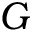
G